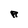
Character: R